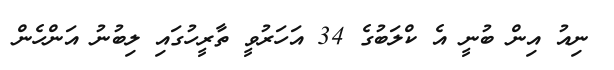
ނިއު އިން ބުނީ އެ ކްލަބުގެ 34 އަހަރުވީ ތާރީހުގައި ލިބުނު އަންހެން